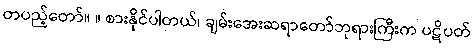
တပည့်တော်။ ။ စားနိုင်ပါတယ်၊ ချမ်းအေးဆရာတော်ဘုရားကြီးက ပဋိပတ်